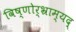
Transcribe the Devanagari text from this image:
विष्णोर्भ्राम्यद्